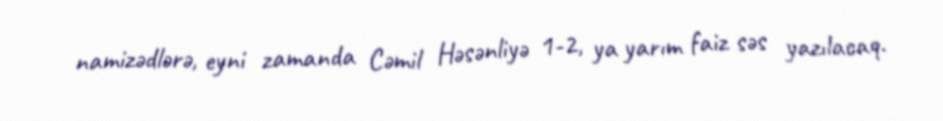
namizədlərə, eyni zamanda Cəmil Həsənliyə 1-2, ya yarım faiz səs yazılacaq.